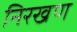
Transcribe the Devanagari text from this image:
निरखण